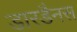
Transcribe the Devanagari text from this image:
डारडैनस